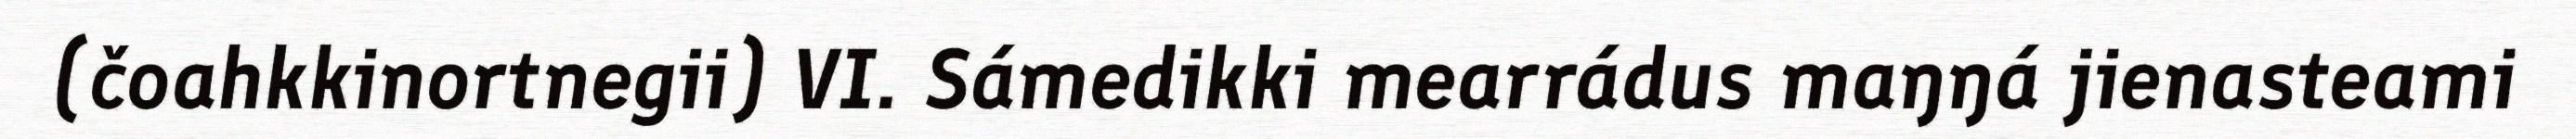
(čoahkkinortnegii) VI. Sámedikki mearrádus maŋŋá jienasteami